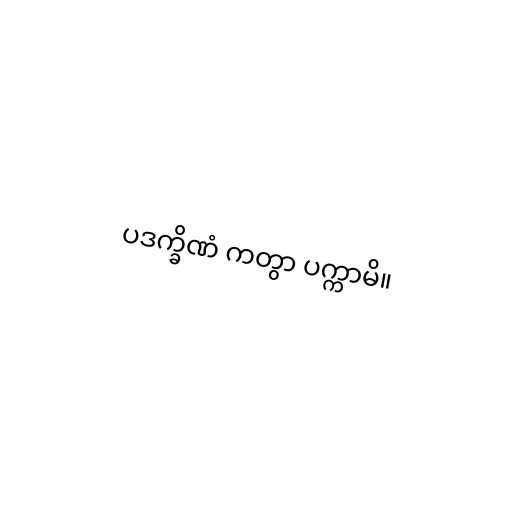
ပဒက္ခိဏံ ကတွာ ပက္ကာမိ။